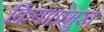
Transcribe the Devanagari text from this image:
किया।प्रमुख